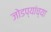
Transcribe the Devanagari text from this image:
जोडप्यांच्या